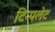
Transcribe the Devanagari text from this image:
टिन्पलेट